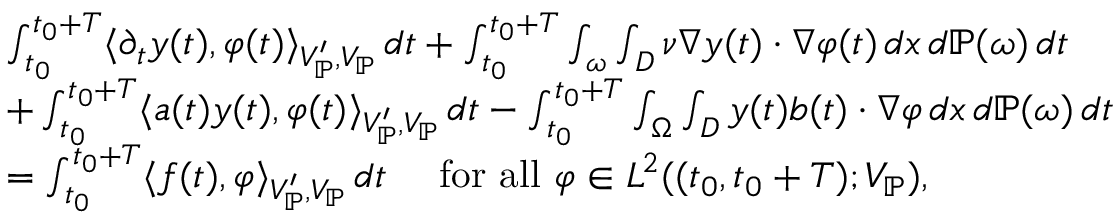
\begin{array} { r l } & { \int _ { t _ { 0 } } ^ { t _ { 0 } + T } \langle \partial _ { t } y ( t ) , \varphi ( t ) \rangle _ { V _ { \mathbb { P } } ^ { \prime } , V _ { \mathbb { P } } } \, d t + \int _ { t _ { 0 } } ^ { t _ { 0 } + T } \int _ { \omega } \int _ { D } \nu \nabla y ( t ) \cdot \nabla \varphi ( t ) \, d x \, d \mathbb { P } ( \omega ) \, d t } \\ & { + \int _ { t _ { 0 } } ^ { t _ { 0 } + T } \langle a ( t ) y ( t ) , \varphi ( t ) \rangle _ { V _ { \mathbb { P } } ^ { \prime } , V _ { \mathbb { P } } } \, d t - \int _ { t _ { 0 } } ^ { t _ { 0 } + T } \int _ { \Omega } \int _ { D } y ( t ) b ( t ) \cdot \nabla \varphi \, d x \, d \mathbb { P } ( \omega ) \, d t } \\ & { = \int _ { t _ { 0 } } ^ { t _ { 0 } + T } \langle f ( t ) , \varphi \rangle _ { V _ { \mathbb { P } } ^ { \prime } , V _ { \mathbb { P } } } \, d t \quad \mathrm { ~ f o r ~ a l l ~ } \varphi \in L ^ { 2 } ( ( t _ { 0 } , t _ { 0 } + T ) ; V _ { \mathbb { P } } ) , } \end{array}